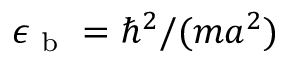
\epsilon _ { \mathrm { ~ b ~ } } = \hbar ^ { 2 } / ( m a ^ { 2 } )